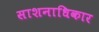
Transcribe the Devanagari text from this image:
साशनाधिकार